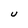
Character: U